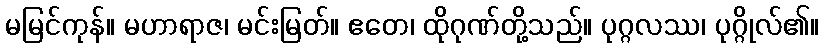
မမြင်ကုန်။ မဟာရာဇ၊ မင်းမြတ်။ ဧတေ၊ ထိုဂုဏ်တို့သည်။ ပုဂ္ဂလဿ၊ ပုဂ္ဂိုလ်၏။